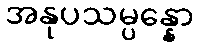
အနုပသမ္ပန္နော